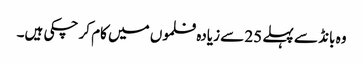
وہ بانڈ سے پہلے 25 سے زیادہ فلموں میں کام کر چکی ہیں۔